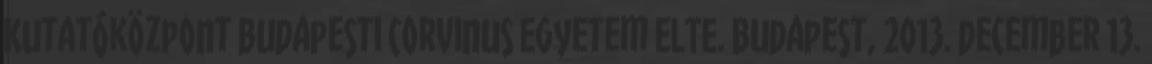
Kutatóközpont Budapesti Corvinus Egyetem ELTE. Budapest, 2013. december 13.